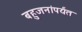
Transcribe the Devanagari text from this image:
बहुजनांपर्यंत